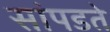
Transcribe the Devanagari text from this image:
सांपडते